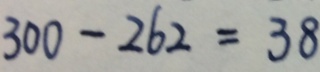
3 0 0 - 2 6 2 = 3 8